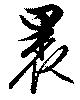
裹